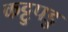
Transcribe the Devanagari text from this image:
कट्टुपडु